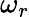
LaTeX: \omega_{r}